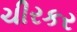
ચીરકર